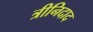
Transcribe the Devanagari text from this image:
त्रीनिदाद